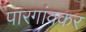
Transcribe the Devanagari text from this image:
पारगांवकर